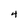
Character: 4